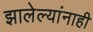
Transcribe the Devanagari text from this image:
झालेल्यांनाही